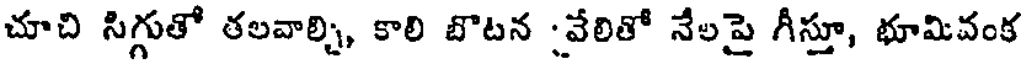
చూచి సిగ్గుతో తలవాల్చి, కాలి బొటన :వేలితో నేలపై గీస్తూ, భూమివంక